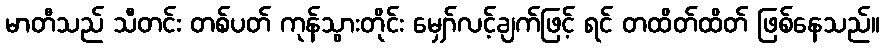
မာတီသည် သီတင်း တစ်ပတ် ကုန်သွားတိုင်း မျှော်လင့်ချက်ဖြင့် ရင် တထိတ်ထိတ် ဖြစ်နေသည်။